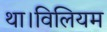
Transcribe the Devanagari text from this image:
था।विलियम